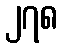
၂၇၈